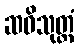
ဆဝိသုတ္တံ